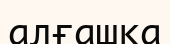
алғашқа